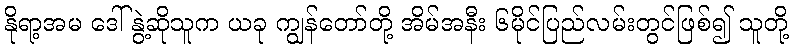
နိုရာ့အမ ဒေါ်နွဲ့ဆိုသူက ယခု ကျွန်တော်တို့ အိမ်အနီး ၆မိုင်ပြည်လမ်းတွင်ဖြစ်၍ သူတို့